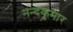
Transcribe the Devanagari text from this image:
नन्दकुमार